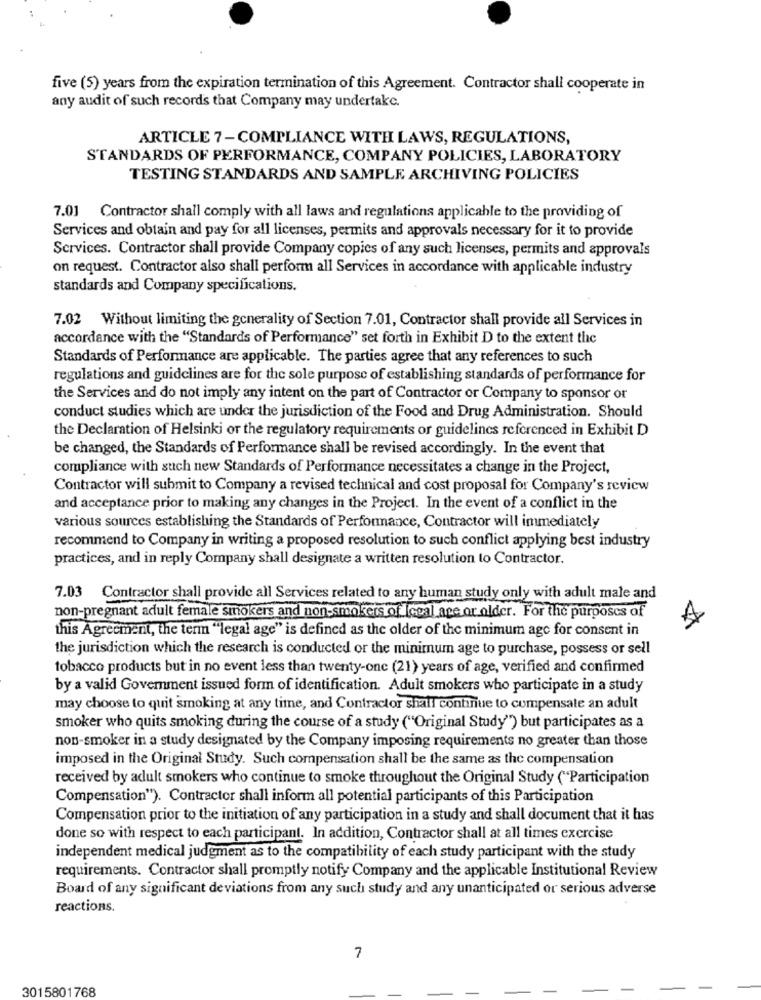
five (5) years from the expiration termination of this Agreement. Contractor shall cooperate in
any audit of such records that Company may undertake.
ARTICLE 7-COMPLIANCE WITH LAWS, REGULATIONS,
STANDARDS OF PERFORMANCE, COMPANY POLICIES, LABORATORY
TESTING STANDARDS AND SAMPLE ARCHIVING POLICIES
7.01 Contractor shall comply with all laws and regulations applicable to the providing of
Services and obtain and pay for all licenses, permits and approvals necessary for it to provide
Services. Contractor shall provide Company copies of any such licenses, permits and approvals
on request. Contractor also shall perform all Services in accordance with applicable industry
standards and Company specifications.
7.02 Without limiting the generality of Section 7.01, Contractor shall provide all Services in
accordance with the "Standards of Performance" set forth in Exhibit D to the extent the
Standards of Performance are applicable. The parties agree that any references to such
regulations and guidelines are for the sole purpose of establishing standards of performance for
the Services and do not imply any intent on the part of Contractor or Company to sponsor or
conduct studies which are under the jurisdiction of the Food and Drug Administration. Should
the Declaration of Helsinki or the regulatory requirements or guidelines referenced in Exhibit D
be changed, the Standards of Performance shall be revised accordingly. In the event that
compliance with such new Standards of Performance necessitates a change in the Project,
Contractor will submit to Company a revised technical and cost proposal for Company's review
and acceptance prior to making any changes in the Project. In the event of a conflict in the
various sources establishing the Standards of Performance, Contractor will immediately
recommend to Company in writing a proposed resolution to such conflict applying best industry
practices, and in reply Company shall designate a written resolution to Contractor.
7.03 Contractor shall provide all Services related to any human study only with adult male and
non-pregnant adult female smokers and non-smokers of Iceal age or older. For the purposes of
A
this Agreement, the term ""legal age" is defined as the older of the minimum age for consent in
the jurisdiction which the research is conducted or the minimum age to purchase, possess or sell
tobacco products but in no event less than twenty-one (21) years of age, verified and confirmed
by a valid Goverment issued form of identification. Adult smokers who participate in a study
may choose to quit smoking at any time, and Contractor shall continue to compensate an adult
smoker who quits smoking during the course of a study ("Original Study") but participates as a
non-smoker in a study designated by the Company imposing requirements no greater than those
imposed in the Original Study. Such compensation shall be the same as the compensation
received by adult smokers who continue to smoke throughout the Original Study ("Participation
Compensation"). Contractor shall inform all potential participants of this Participation
Compensation prior to the initiation of any participation in a study and shall document that it has
done so with respect to each participant. In addition, Contractor shall at all times exercise
independent medical judgment as to the compatibility of each study participant with the study
requirements. Contractor shall promptly notify Company and the applicable Institutional Review
Board of any significant deviations from any such study and any unanticipated or serious adverse
reactions.
7
3015801768